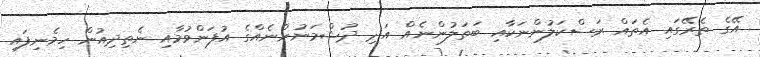
އޭގެ ތެރޭގައި އެތައް ރަސްކަލުންނަކާއި ބަތަލުންނެއް އަދި ދުޝްމަނުންނެއްގެ އުފަންވުމާއި ނެތިދިއުން ހިމެނިފައި